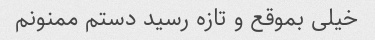
خیلی بموقع و تازه رسید دستم ممنونم